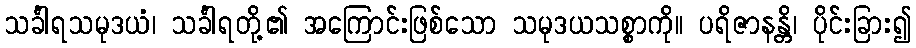
သင်္ခါရသမုဒယံ၊ သင်္ခါရတို့၏ အကြောင်းဖြစ်သော သမုဒယသစ္စာကို။ ပရိဇာနန္တိ၊ ပိုင်းခြား၍